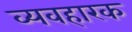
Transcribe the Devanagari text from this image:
व्यवहारक